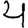
Digit: 4